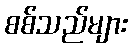
စစ်သည်များ